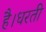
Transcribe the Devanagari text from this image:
है।धरती